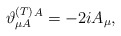
\begin{align*}\vartheta _{\mu A}^{{\footnotesize (T)}}{}^{A}=-2iA_{\mu }, \end{align*}